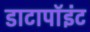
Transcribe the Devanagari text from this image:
डाटापॉइंट